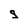
Character: g